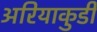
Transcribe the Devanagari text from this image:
अरियाकुडी